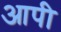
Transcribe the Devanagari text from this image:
आपी